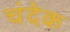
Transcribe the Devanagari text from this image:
चंदेक